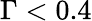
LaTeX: \Gamma<0.4